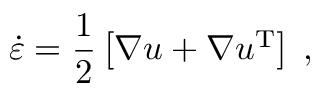
\boldsymbol { \dot { \varepsilon } } = \frac { 1 } { 2 } \left[ \nabla \boldsymbol { u } + \nabla \boldsymbol { u } ^ { \mathrm { T } } \right] \; ,